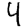
Digit: 4